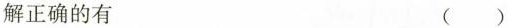
解正确的有 ( )